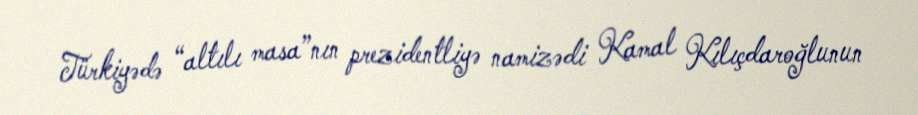
Türkiyədə “altılı masa”nın prezidentliyə namizədi Kamal Kılıçdaroğlunun